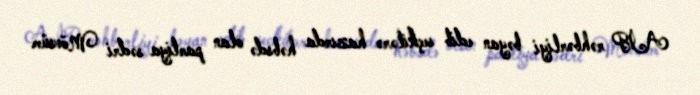
AİP rəhbərliyi bəyan edib seçkilərə hazırda həbsdə olan partiya sədri Mövsüm